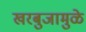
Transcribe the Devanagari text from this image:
खरबुजामुळे